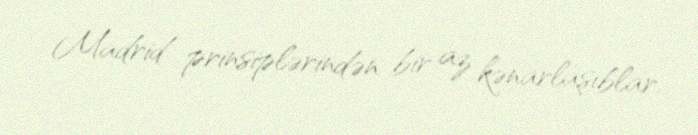
Madrid prinsiplərindən bir az kənarlaşıblar.